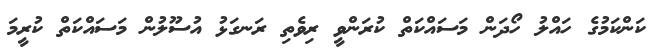
ކަންކަމުގެ ހައްލު ހޯދަން މަސައްކަތް ކުރަންވީ ރިވެތި ރަނގަޅު އުސޫލުން މަސައްކަތް ކުރީމަ